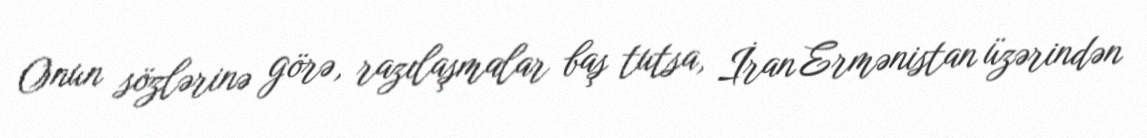
Onun sözlərinə görə, razılaşmalar baş tutsa, İran Ermənistan üzərindən